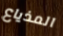
المذياع